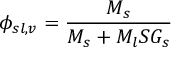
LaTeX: \phi _ { s l , v } = { \frac { M _ { s } } { M _ { s } + M _ { l } S G _ { s } } }